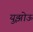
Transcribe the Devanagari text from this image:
युझोऊ